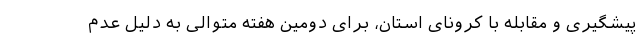
پیشگیری و مقابله با کرونای استان، برای دومین هفته متوالی به دلیل عدم